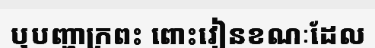
ឬបញ្ហាក្រពះ ពោះវៀនខណៈដែល